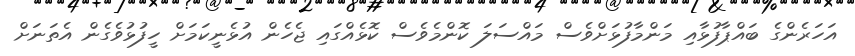
އަހަރެންގެ ބައްޕާފުޅާއި މަންމާފުޅަށްވެސް މައްސަލަ ކޮންމެވެސް ކޮޅެއްގައި ޖެހެން އުޅެނީކަމަށް ހީފުޅުވެގެން އެތަނަށް